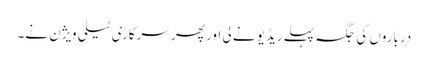
درباروں کی جگہ پہلے ریڈیو نے لی اور پھر سرکاری ٹیلی ویژن نے۔